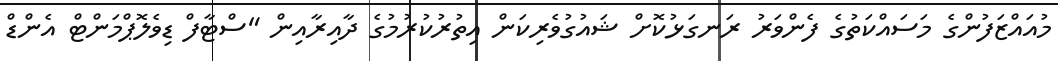
މުއައްޒަފުންގެ މަސައްކަތުގެ ފެންވަރު ރަނގަޅުކޮށް ޝައުގުވެރިކަން އިތުރުކުރުމުގެ ދާއިރާއިން "ސްޓާފް ޑިވެލޮޕްމަންޓް އެންޑް